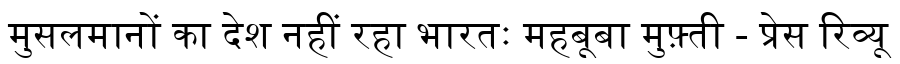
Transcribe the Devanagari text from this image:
मुसलमानों का देश नहीं रहा भारतः महबूबा मुफ़्ती - प्रेस रिव्यू